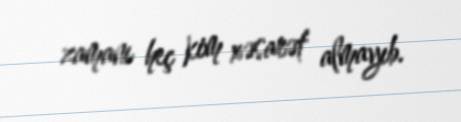
zamanı heç kim xəsarət almayıb.